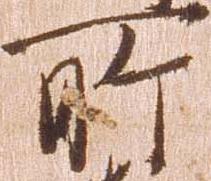
所